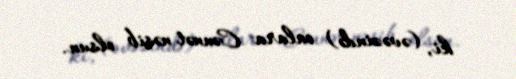
ki, (əvəzində) onlara Cənnət nəsib olsun.